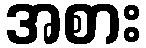
အစား